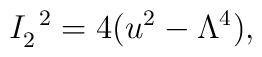
I^{\;\; 2}_2=4(u^2-\Lambda^4),